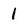
Character: 1